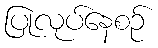
ပြုလုပ်နေစဉ်